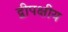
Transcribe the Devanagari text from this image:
द्वीपक्षीय